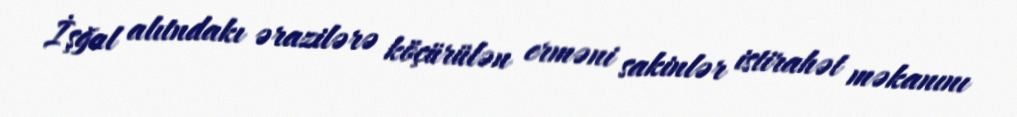
İşğal alıtndakı ərazilərə köçürülən erməni sakinlər istirahət məkanını